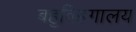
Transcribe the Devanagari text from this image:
बहुविहगालय